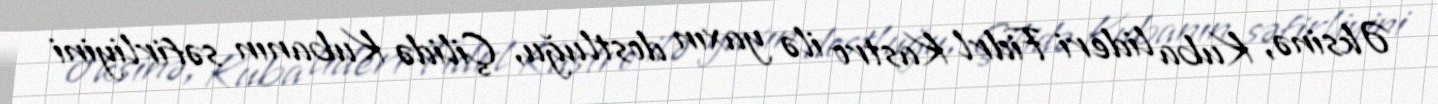
Əksinə, Kuba lideri Fidrl Kastro ilə yaxın dostluğu, Çilidə Kubanın səfirliyini